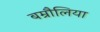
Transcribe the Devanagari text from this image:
बम्रौलिया